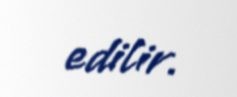
edilir.